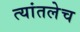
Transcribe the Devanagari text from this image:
त्यांतलेच